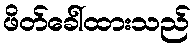
ဖိတ်ခေါ်ထားသည်